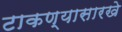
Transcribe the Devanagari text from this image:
टाकण्यासारखे